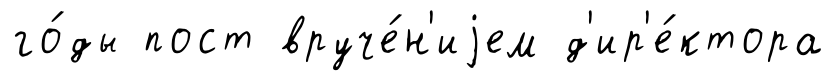
го́ды пост вруче́н'иjем д'ир'е́ктора